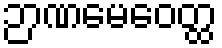
ဉာဏမေဝေတ္ထ